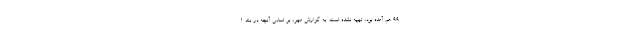
۹۹ هم آمده بود، تهیه نشده است. به گزارش مهر، بر اساس آنچه در بند ۱